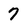
Character: 7